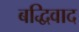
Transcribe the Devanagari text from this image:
बद्धिवाद